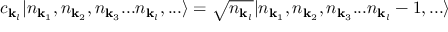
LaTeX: c _ { { \mathbf { k } } _ { l } } | n _ { { \mathbf { k } } _ { 1 } } , n _ { { \mathbf { k } } _ { 2 } } , n _ { { \mathbf { k } } _ { 3 } } . . . n _ { { \mathbf { k } } _ { l } } , . . . \rangle = { \sqrt { n _ { { \mathbf { k } } _ { l } } } } | n _ { { \mathbf { k } } _ { 1 } } , n _ { { \mathbf { k } } _ { 2 } } , n _ { { \mathbf { k } } _ { 3 } } . . . n _ { { \mathbf { k } } _ { l } } - 1 , . . . \rangle